Report of the Municipal Commissioner on the plague in Bombay for the year ending 31st May... - Volume 2
Disease focus: Plague
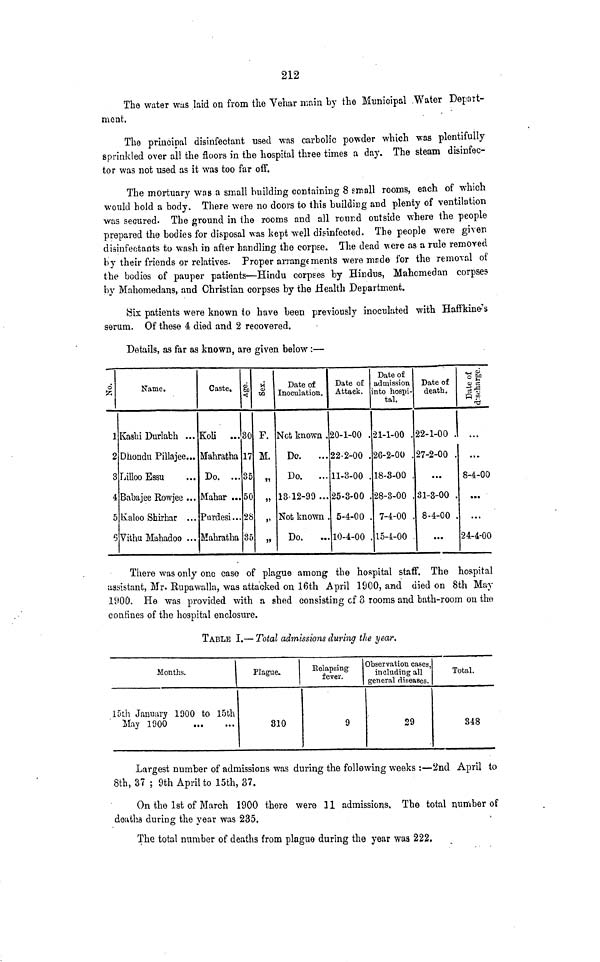
212
The water was laid on from the Vehar main by the Municipal .Water Depait-
meat.
The principal disinfectant used was carbolic powder which was plentifully
sprinkled over all the floors in the hospital three times a day. The steam disinfec-
tor was not used as it was too far off.
The mortuary was a small building containing 8 small rooms, each of which
would hold a body. There were no doors to this building and plenty of ventilation
was secured. The ground in ihe rooms and all round outside where the people
prepared the bodies for disposal was kept well disinfected. The people were given
disinfectants to wash in after handling the corpse. The dead were as a rule removed
by their friends or relatives. Proper arrangements were made for the removal of
the bodies of pauper patients—Hindu corpses by Hindus, Mahcmedan corpses
by Mahomedans, and Christian corpses by the Health Department.
Six patients were known to have been previously inoculated with Haffkine-'s
serum. Of these 4 died and 2 recovered.
Details, as far as known, are given below:—
1
1
2
3
4
5
6
Name.
Kaahi Durlabh ...
Dliondu Pillajee...
Lilloo Essu
Babajee Rowjee ...
Kaloo Shirhar ...
Viihu Mahadoo ...
Caste.
Koli ...
Mahratha
Do. ...
Mahar ...
Purdesi...
Mahratha
O)
W>
<J
30
17
35
50
28
35
M
o
CQ
P.
M.
»»
»
»>
i»
Date of
Inoculation.
Not known .
Do.
...
Do.
...
13-12-99 ...
Not known .
Do.
Date of
Attack.
20-1-00 .
22-2-00 .
11-3-00 .
25-3-00 .
5-4-00 .
10-4-00 .
Date of
admission
into hospi-
tal.
21-1-00 .
26-2-00 .
18-3-00 .
28-3-00 .
7-4-00 .
15-4-00
Date of
death.
22-1-00 .
27-2-00 .
...
31-3-00 .
8-4-00
• ••
*g.
II
n «
"3
...
8-4-00
...
...
24-4-00
There was only one case of plague among the hospital staff. The hospital
assistant, Mr. Eupawalla, was attacked on 16th April 1800, and died on 8th May
1900. He was provided with a shed consisting cf 3 rooms and bath-room on the
confines of the hospital enclosure.
TABLE I.— Total admissions during the year.
Months.
15th January 1900 to 15th
May 1900
Plague.
810
Relapsing
fever.
9
Observation cases,
including all
general diseases.
29
Total.
348
Largest number of admissions was during the following weeks :—2nd April to
8th, 37 ; 9th April to 15th, 37.
On the 1st of March 1900 there were 11 admissions. The total number of
deaths during the year was 235.
The total number of deaths from plague during the year was 222.